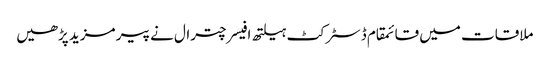
ملاقات میں قائمقام ڈسٹرکٹ ہیلتھ افیسر چترال نے پیر مزید پڑھیں